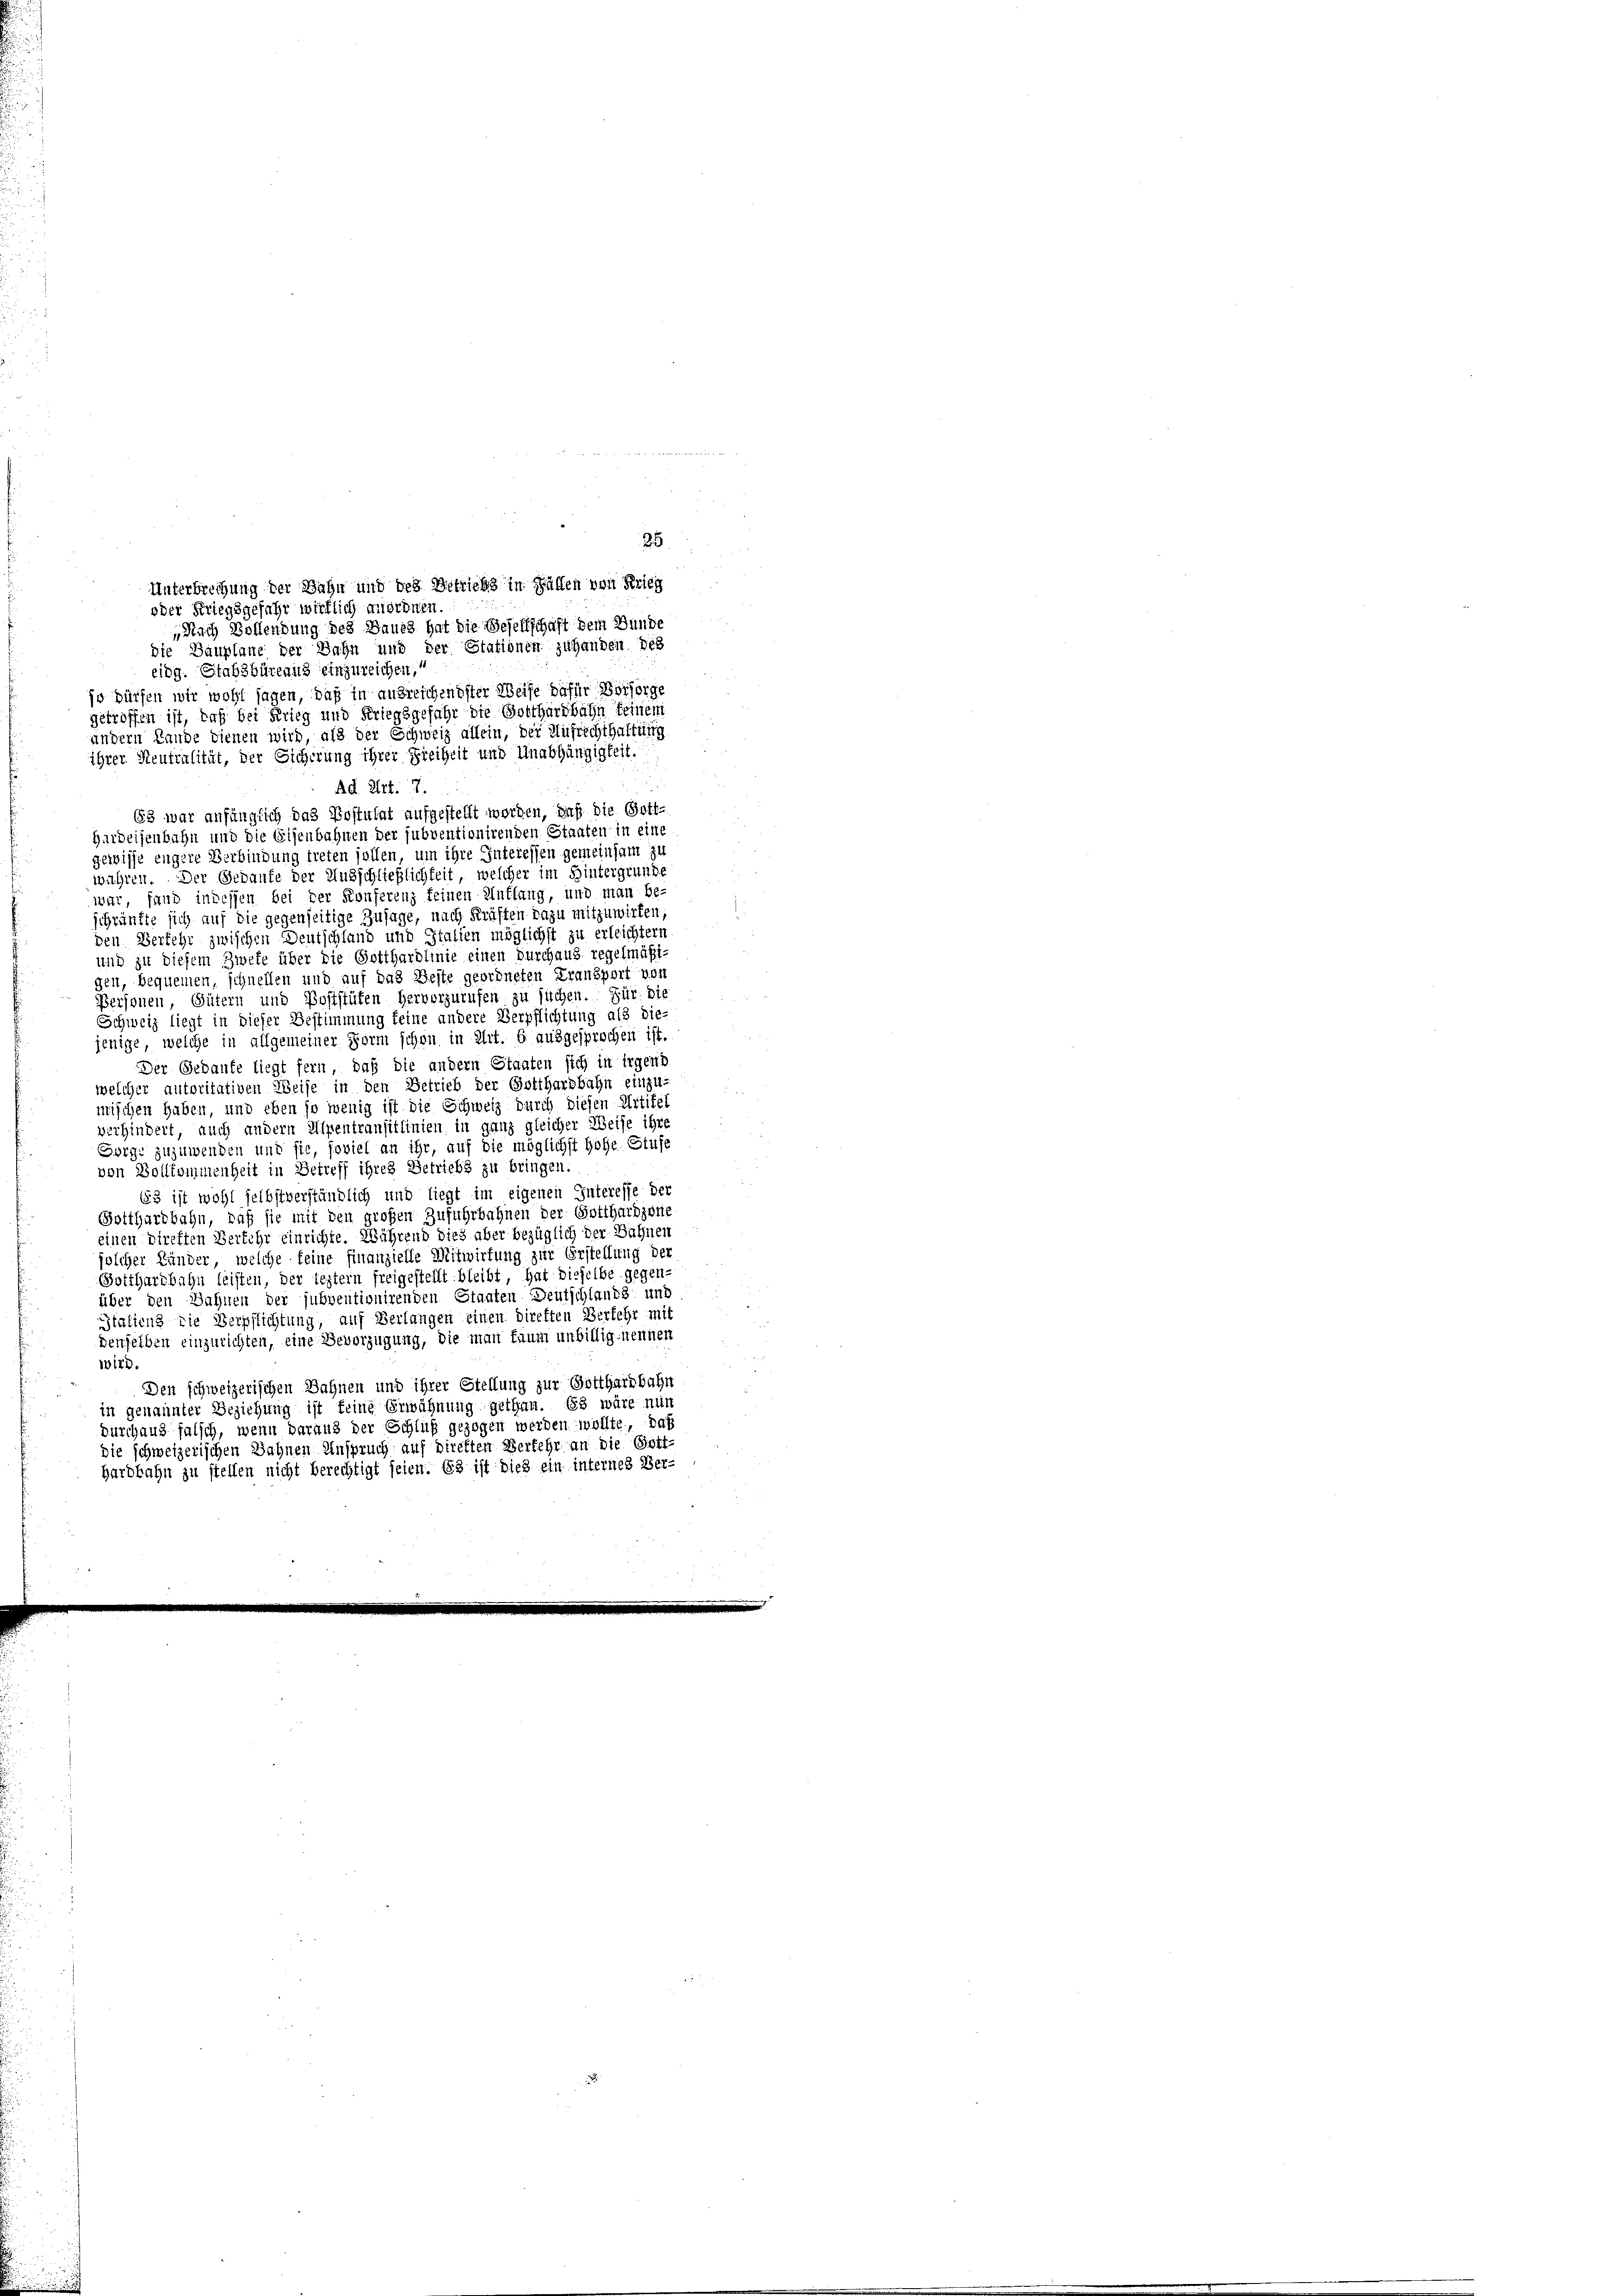
Hardeisenbahn und die Eisenbahnen der subventionirenden Staaten in eine
gewisse engere Verbindung treten sollen, um ihre Interessen gemeinsam zu
wuhren. Der Gebaufe der Ausschließlichkeit, welcher im Hintergrunde
war, fand indessen bei der Konferenz feinen Unklang, und man be-
schränkte sich auf die gegenseitige Zusage, nach Kräften dazu mitzuwirken,
ven Verfehr zwischen Deutschland und Italien möglichst zu erleichtern,
und zu diesem Zwete über die Gotthardlinie einen Durchaus regelmäßi
gen, bequemen, schnellen und auf das Beste geordneten Transport von
Personen Gütern und Poststüten hervorzurufen zu suchen. Für die
Schweiz liegt in dieser Bestimmung keine andere Verpflichtung als die-
jenige, welche in allgemeiner Form schon in Art. 6 ausgesprochen ist.
Der Gedanke liegt fern, daß die andern Staaten sich in irgend
welcher autoritativen Weise in den Betrieb der Gotthardbahn einzu-
mischen haben, und eben so wenig ist die Schweiz durch diesen Artikel
verhindert, auch andern Alpentransitlinien in ganz gleicher Weise ihre
Borge zuzuwenden mit sie, soviel an ihr, auf die möglichst Hohe Stufe
von Zollkommenheit in Betreff ihres Betriebs zu bringen.
653 ist wohl selbstverständlich und liegt im eigenen Interesse der
Gotthardbahn, daß sie mit den großen Zuführbahnen der Gotthardzotie
einen Direften Verkehr einrichte. Während dies aber bezüglich der Bahnen
jolcher Länder, welche feine finanzielle Mitwirtung zur Erstellung der
Gotthardbahn leisten, der legtem freigestellt bleibt, hat dieselbe gegen-
über den Sahnen der jubventionirenden Staaten Deutschlands und
Italiens die Verpflichtung, auf Verlangen einen Direkten Verkehr mit
denselben einzurichten, eine Bevorzugung, die man kaum unbillig nennen
wird.
Den schweizerischen Bahnen und ihrer Stellung zur Gotthardbahn
in genannter Beziehung ist keine Erwähnung gethan. Es wäre nun
Durchaus falsch, wenn daraus der Schluß gezogen werden wollte, daß
die schweizerischen Bahnen Anspruch auf direkten Verkehr an die Gott-
hardbahn zu stellen nicht berechtigt seien. Es ist dies ein internes Ver-

25
Unterbrechung der Bahn und des Betriebs in Fällen von Krieg
oder Kriegsgefahr wirklich anordnen.
Nach Bollendung des Baues hat die Besellschaft dem Bunde
die Bauplane der Bahn und der Stationen zuhanden des
eidg. Stabsbüreaus einzureichen.“
jo dürfen wir wohl sagen, daß in ausreichendster Weise dafür Vorsorge
getroffen ist, daß bei Krieg und Kriegsgefähr die Gotthardbahn feinem
andern Lande dienen wird, als der Schweiz allein, der Aufrechthaltung
ihrer Neutralität, der Sicherung ihrer Freiheit und Unabhängigkeit.
Ad Art. 7.
3 war anfänglich das Postulat aufgestellt worden, daß die Gott-

nisch